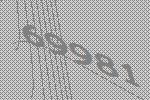
69981